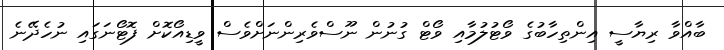
ބާއްވާ ރިޔާސީ އިންތިހާބުގެ ވޯޓުލުމާއި ވޯޓް ގުނުން ނޫސްވެރިންނަށްވެސް ވީޑިއޯކޮށް ފޮޓޯނަގައި ނުހެދޭނެ